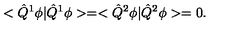
< \hat { Q } ^ { 1 } \phi | \hat { Q } ^ { 1 } \phi > = < \hat { Q } ^ { 2 } \phi | \hat { Q } ^ { 2 } \phi > = 0 .